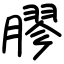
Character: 膠